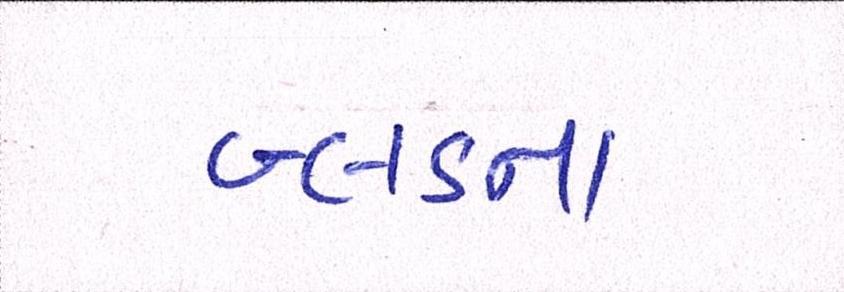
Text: બ્લડના